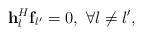
LaTeX: \begin{align*} {\bf{h}}_l^H{{\bf{f}}_{l'}} = 0,\ \forall l \ne l', \end{align*}